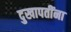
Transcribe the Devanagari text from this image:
दुखापतींना